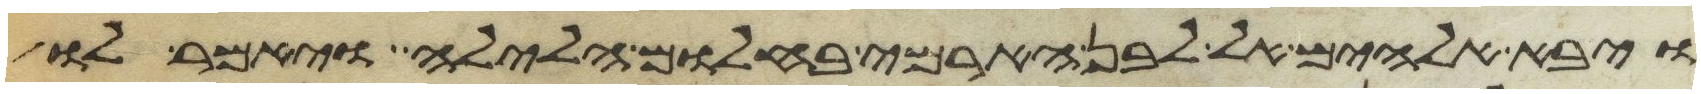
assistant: ויבא אלהים אל לבן הארמי בחלום הלילה ויאמר לו